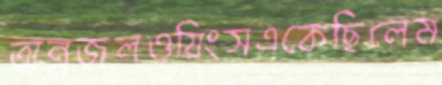
অন্নজলওয়িংসএকেছিলেম